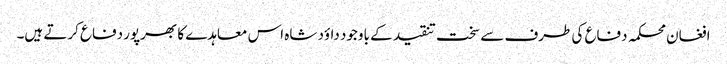
افغان محکمہ دفاع کی طرف سے سخت تنقید کے باوجود داؤد شاہ اس معاہدے کا بھرپور دفاع کرتے ہیں۔